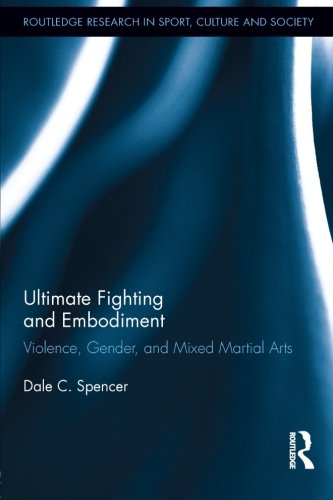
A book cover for Ultimate Fighting and Embodiment: Violence, Gender and Mixed Martial Arts; Dale C. Spencer; Sports & Outdoors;